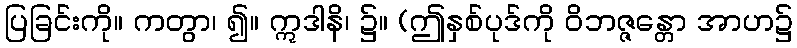
ပြခြင်းကို။ ကတွာ၊ ၍။ ဣဒါနိ၊ ၌။ (ဤနှစ်ပုဒ်ကို ဝိဘဇ္ဇန္တော အာဟ၌